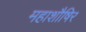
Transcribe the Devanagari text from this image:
महाशौषिर